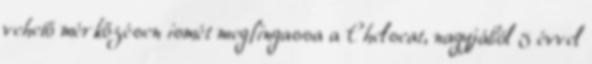
vehető mérkőzésen ismét megfingassa a Chelseat, nagyjából 5 évvel